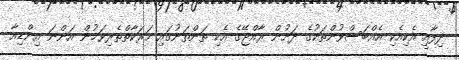
ދިފާއީ އެކިއެކި އެއްބަސްވުންތަކުގެ ދަށުން ރާއްޖޭގެ އެކި ތަންތަނުގައި ހަރަކާތްތެރިވަމުން އަންނަ އިންޑިއާ